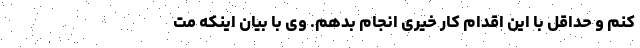
کنم و حداقل با این اقدام کار خیری انجام بدهم. وی با بیان اینکه مت